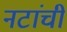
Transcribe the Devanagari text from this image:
नटांची